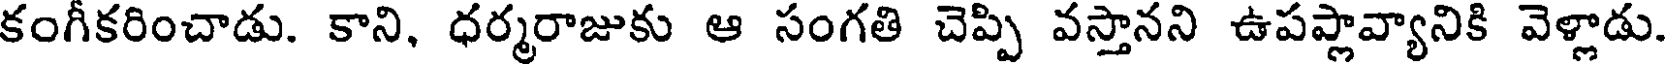
కంగీకరించాడు. కాని, ధర్మరాజుకు ఆ సంగతి చెప్పి వస్తానని ఉపప్లావ్యానికి వెళ్లాడు.